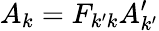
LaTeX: A_{k}=F_{k^{\prime}k}A_{k^{\prime}}^{\prime}